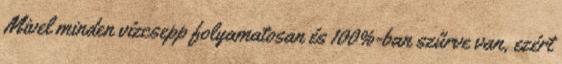
Mivel minden vízcsepp folyamatosan és 100%-ban szűrve van, ezért